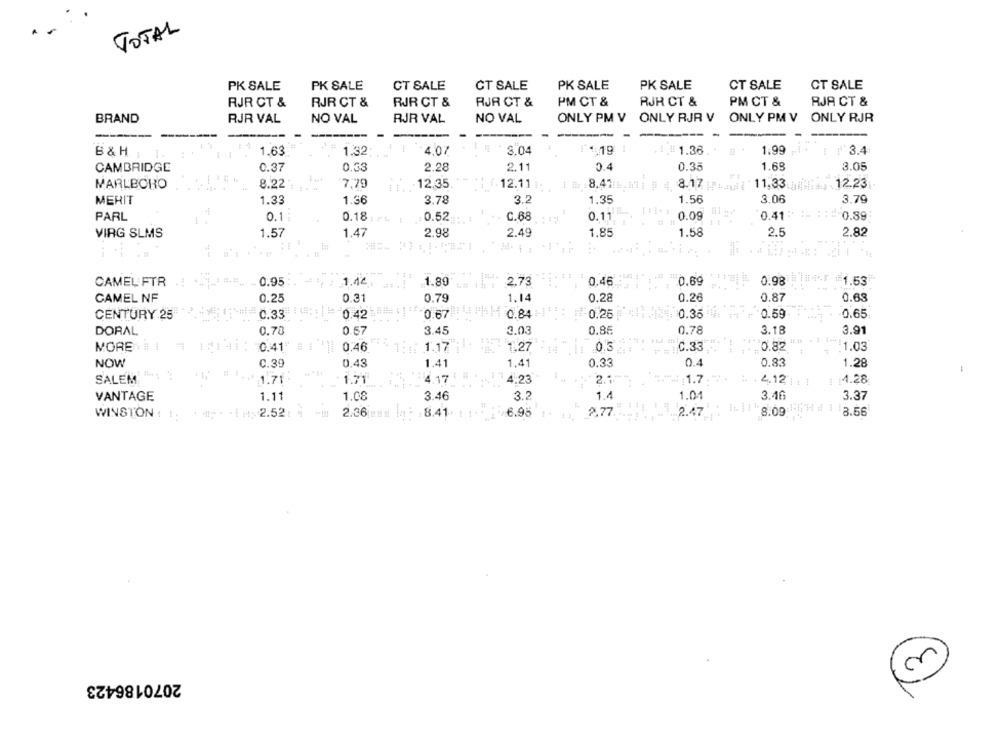
TOTAL
PK SALE
PK SALE
GT SALE
CT SALE
PK SALE
PK SALE
CT SALE
CT SALE
RJR CT &
RJR CT &
RJR CT &
RJR CT &
PM CT &
RJH CT &
PM CT &
RJA CT &
BRAND
RJR VAL
ONLY PM V ONLY RJR V ONLY PM V ONLY RJR
ONLY RJR
RJR VAL
NO VAL
NO VAL
i F 3.4
B & H :
1.63
1.32
4.07
3.04
14 19 !
1.36
1:99
CAMBRIDGE
0.37
0.33
2.28
2.11
0.4
0.35
1.69
3.05
MARLBORO
8.22
7,79
12.35
12.11
8.47:1. 11
8.17 miogli
11,33 ai
12.23
MERIT
1.33
1.36
3.78
3.2
1.35
1.56
3.06
3.79
PARL
0.18
C.68
0.11
0.09
0.41
0.89
0.1
0.52
VIRG SLMS
1.57
1.47
2.98
2.49
1,85
1.58
2.5
2.82
0.95
1.80
2.73
0.46
0.69
0.98
1.53
CAMEL FTR
1.14
0.79
1.14
0.87
0.63
CAMEL NF
0.25
0.31
0.28
0.26
C.33 ;
0.67 4#
CENTURY 25
0.42
0.84 -1
0.25
0.35
0.59
0.65
DORAL
0.78
0.57
3.45
3.03
0.85
0.78
3.18
3.91
MORE
0.41"
0.46
1.17
1.27
0.3
C.33
0.82
1.03
NOW
C.39
0,43
1.41
1.41
0.33
0.4
0.83
1.28
-
SALEM ":
4.17
4.23
2.1
4.28
1.71
1.71
1.7.
2.12 11 1
VANTAGE
1.11
1.08
3.46
3.2
1.4
1.04
3.46
3.37
2.52: 1
2.36
8.41
6.95
2.77.
2.47
8.09
3.56
WINSTON 1 1:
2070186423